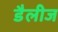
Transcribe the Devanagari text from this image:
डैलीज